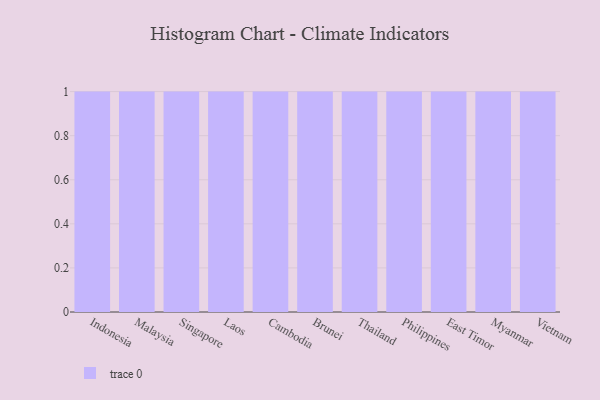
{"axis": {"x": "Country", "y": "Inventory Turnover"}, "legend": [""], "data": [{"x": "Indonesia", "y": 25, "type": ""}, {"x": "Malaysia", "y": 53, "type": ""}, {"x": "Singapore", "y": 72, "type": ""}, {"x": "Laos", "y": 75, "type": ""}, {"x": "Cambodia", "y": 19, "type": ""}, {"x": "Brunei", "y": 95, "type": ""}, {"x": "Thailand", "y": 61, "type": ""}, {"x": "Philippines", "y": 26, "type": ""}, {"x": "East Timor", "y": 2, "type": ""}, {"x": "Myanmar", "y": 59, "type": ""}, {"x": "Vietnam", "y": 17, "type": ""}]}